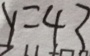
y = 4 3